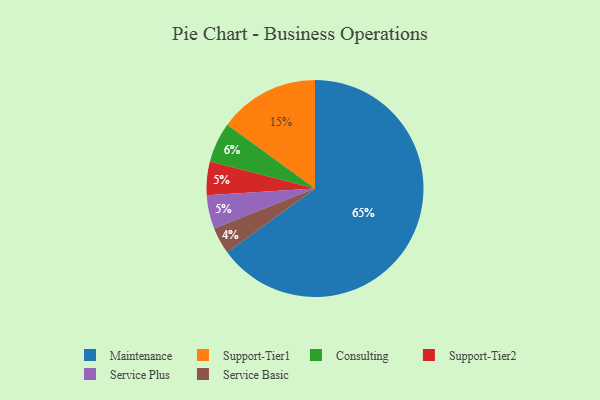
{"axis": {"x": "Category", "y": "Percentage"}, "legend": ["Consulting", "Maintenance", "Service Basic", "Service Plus", "Support-Tier1", "Support-Tier2"], "data": [{"x": "Support-Tier2", "y": 5, "type": "Support-Tier2"}, {"x": "Maintenance", "y": 65, "type": "Maintenance"}, {"x": "Service Plus", "y": 5, "type": "Service Plus"}, {"x": "Consulting", "y": 6, "type": "Consulting"}, {"x": "Service Basic", "y": 4, "type": "Service Basic"}, {"x": "Support-Tier1", "y": 15, "type": "Support-Tier1"}]}